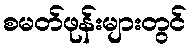
စမတ်ဖုန်းများတွင်